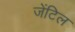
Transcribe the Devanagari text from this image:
जेंटिल